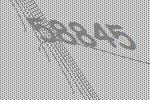
58845